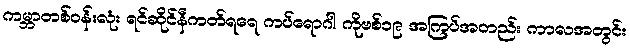
ကမ္ဘာတစ်ဝန်းလုံး ရင်ဆိုင်နီကတ်ရရေ ကပ်ရောဂါ ကိုဗစ်၁၉ အကြပ်အတည်း ကာလအတွင်း